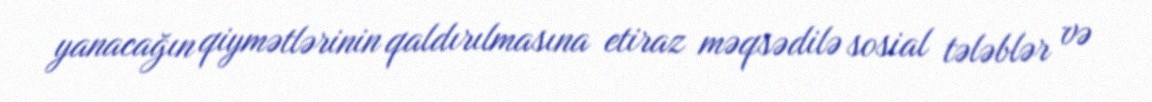
yanacağın qiymətlərinin qaldırılmasına etiraz məqsədilə sosial tələblər və